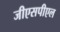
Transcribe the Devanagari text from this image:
जीएसपीएल